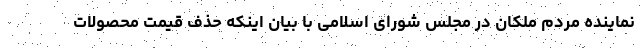
نماینده مردم ملکان در مجلس شورای اسلامی با بیان اینکه حذف قیمت محصولات